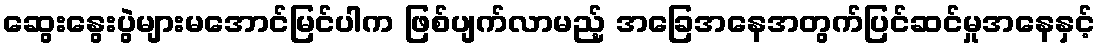
ဆွေးနွေးပွဲများမအောင်မြင်ပါက ဖြစ်ပျက်လာမည့် အခြေအနေအတွက်ပြင်ဆင်မှုအနေနှင့်